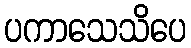
ပကာသေသိပေ